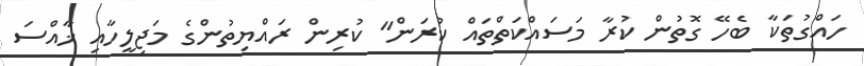
ހައްގުތަކާ ބެހޭ ގޮތުން ކުރާ މަސައްކަތްތައް ކުރަން" ކުރިން ރައްޔިތުންގެ މަޖިލީހާއި ޚާއްސަ